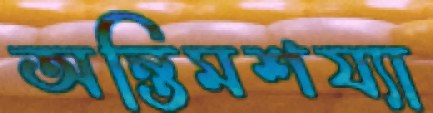
অন্তিমশয্যা